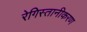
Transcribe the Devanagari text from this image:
रेगिस्तानीकरण